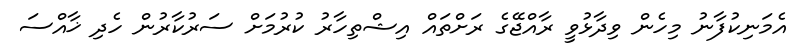
އެމަނިކުފާނު މިހެން ވިދާޅުވީ ރާއްޖޭގެ ރަށްތައް އިޝްތިހާރު ކުރުމަށް ސަރުކާރުން ހެދި ޚާއްސަ